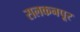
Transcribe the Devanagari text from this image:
सलकनपूर